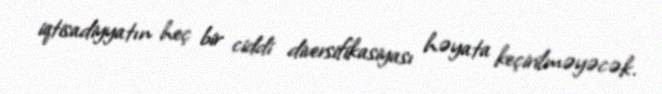
iqtisadiyyatın heç bir ciddi diversifikasiyası həyata keçirilməyəcək.